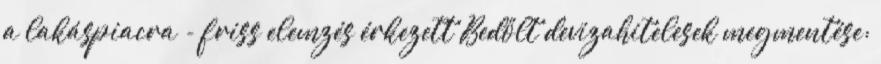
a lakáspiacra - friss elemzés érkezett Bedőlt devizahitelesek megmentése: